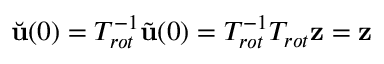
\Breve { \mathbf { u } } ( 0 ) = T _ { r o t } ^ { - 1 } \tilde { \mathbf { u } } ( 0 ) = T _ { r o t } ^ { - 1 } T _ { r o t } \mathbf { z } = \mathbf { z }